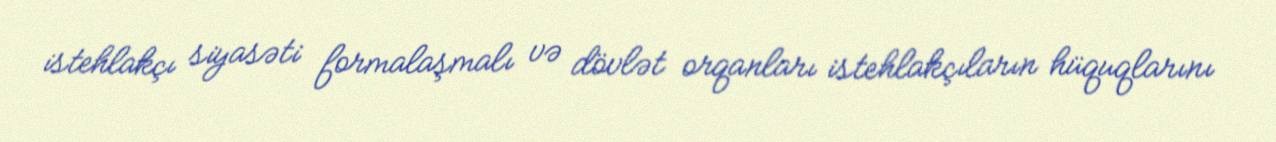
istehlakçı siyasəti formalaşmalı və dövlət orqanları istehlakçıların hüquqlarını